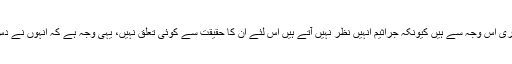
میزبان جراثیم کے وجود سے انکاری اس وجہ سے ہیں کیونکہ جراثیم انہیں نظر نہیں آتے ہیں اس لئے ان کا حقیقت سے کوئی تعلق نہیں، یہی وجہ ہے کہ انہوں نے دس سال سے اپنے ہاتھ نہیں دھوئے۔